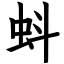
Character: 蚪